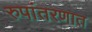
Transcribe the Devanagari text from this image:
रुपांतरणात